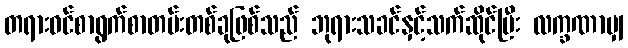
တရားဝင်စာရွက်စာတမ်းတစ်ခုဖြစ်သည် ဘုရားသခင်နှင့်သက်ဆိုင်ပြီး လက္ခဏာမျှ